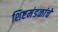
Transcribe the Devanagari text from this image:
शिष्टमंडळांचे